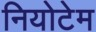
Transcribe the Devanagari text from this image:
नियोटेम